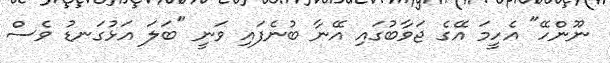
ނޫންހޭ" އެހީމަ އޭގެ ޖަވާބުގައި އޭނާ ބުނެފައި ވަނީ "ބަލަ އަޅުގަނޑު ވެސް